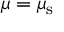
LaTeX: \mu = \mu _ { \mathrm { s } }